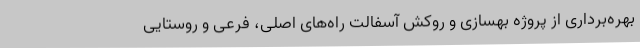
بهره‌برداری از پروژه بهسازی و روکش آسفالت راه‌های اصلی، فرعی و روستایی